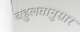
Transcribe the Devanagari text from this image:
बहुलतानुसार